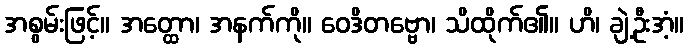
အစွမ်းဖြင့်။ အတ္ထော၊ အနက်ကို။ ဝေဒိတဗ္ဗော၊ သိထိုက်၏။ ဟိ၊ ချဲ့ဦးအံ့။